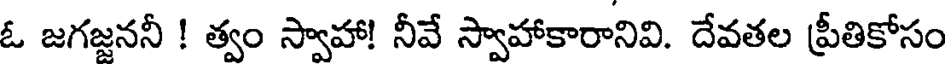
ఓ జగజ్జననీ ! త్వం స్వాహా! నీవే స్వాహాకారానివి. దేవతల ప్రీతికోసం